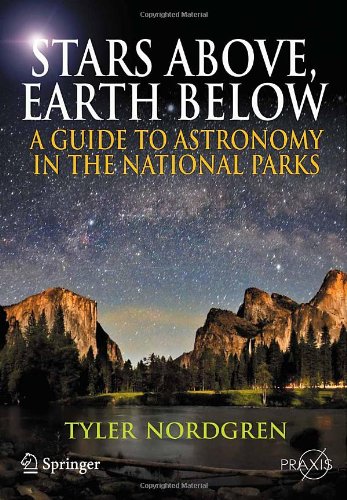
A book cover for Stars Above, Earth Below: A Guide to Astronomy in the National Parks (Springer Praxis Books / Popular Astronomy); Tyler Nordgren; Science & Math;